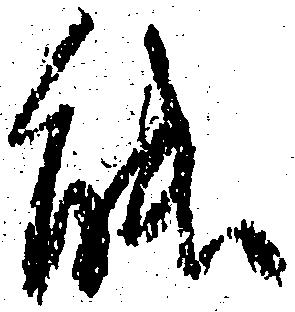
能